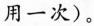
用一次)。